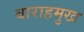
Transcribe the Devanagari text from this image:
वाराहमुख